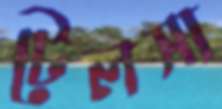
টেলসা